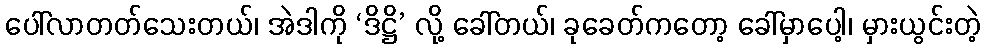
ပေါ်လာတတ်သေးတယ်၊ အဲဒါကို ‘ဒိဋ္ဌိ’ လို့ ခေါ်တယ်၊ ခုခေတ်ကတော့ ခေါ်မှာပေါ့၊ မှားယွင်းတဲ့